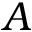
{ \cal A }